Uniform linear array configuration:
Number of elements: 16
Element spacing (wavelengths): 0.25
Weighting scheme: hamming
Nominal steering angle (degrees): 15
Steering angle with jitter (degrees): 16.698
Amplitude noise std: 0.05
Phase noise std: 0.05

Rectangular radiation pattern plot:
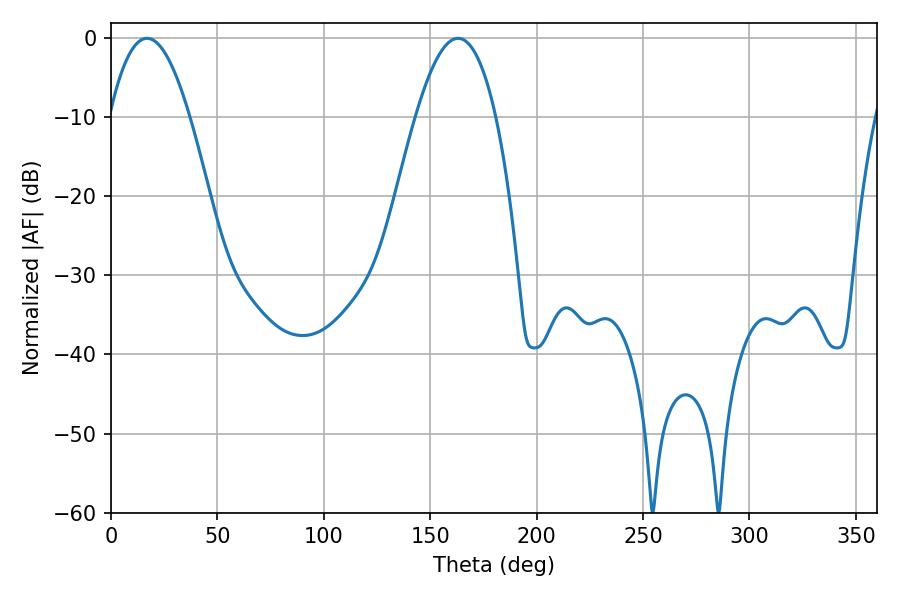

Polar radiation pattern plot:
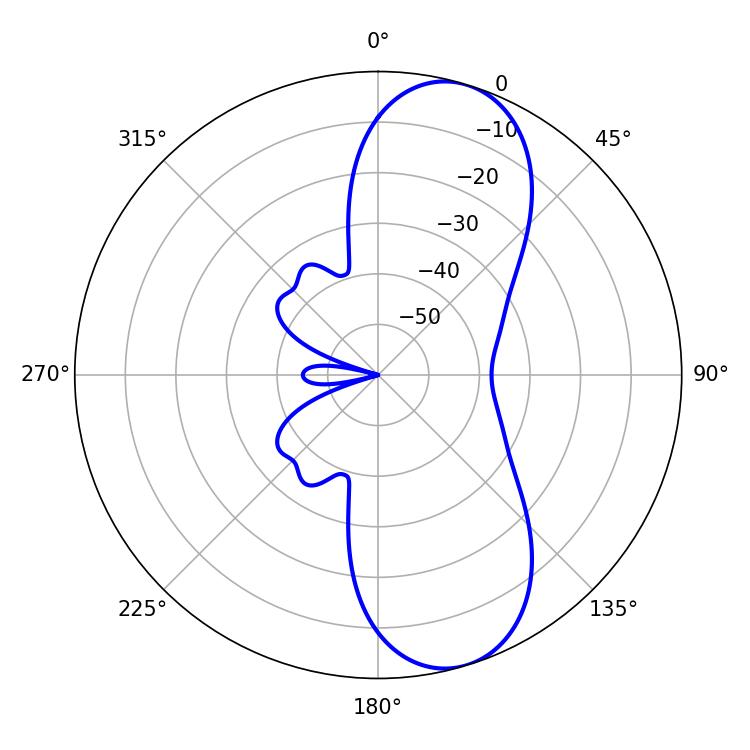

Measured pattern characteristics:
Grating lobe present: FALSE
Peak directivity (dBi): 9.32
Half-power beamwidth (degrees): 20.7
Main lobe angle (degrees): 16.92